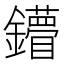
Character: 𨯠